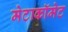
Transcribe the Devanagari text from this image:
मेटाकॉमेट